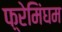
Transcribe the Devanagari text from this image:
फ़्रेमिंघम